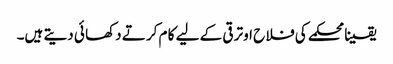
یقینا محکمے کی فلا ح اوتر قی کے لیے کا م کر تے دکھا ئی دیتے ہیں۔